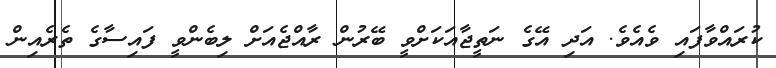
ކުރައްވާފައި ވެއެވެ. އަދި އޭގެ ނަތީޖާއަކަށްވީ ބޭރުން ރާއްޖެއަށް ލިބެންވީ ފައިސާގެ ތެރެއިން